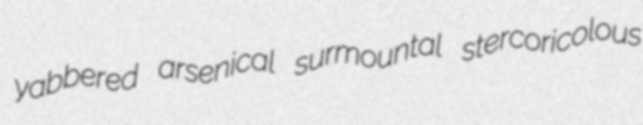
yabbered arsenical surmountal stercoricolous